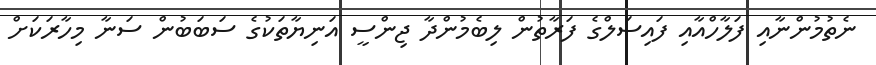
ނެތުމުންނާއި ފަލާހްއާއި ފައިސަލްގެ ފަރާތުން ލިބެމުންދާ ޖިންސީ އަނިޔާތަކުގެ ސަބަބުން ސަނާ މިހާރަކަށް